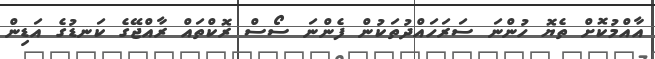
އާއްމުކޮށް ތެޔޮ ހުންނަ ސަރަހައްދުތަކުން ފެންނަ ސޯސް ރޮކްތައް ރާއްޖޭގެ ކަނޑުގެ އަޑިން